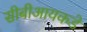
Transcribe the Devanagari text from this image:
सीबीआयकडे